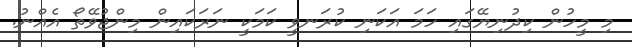
މި މީހުން ކިދުނިޔޭގައި ހަމަ އަކަނި ކުރަނވީ ކަމަކީ ނަރަކައިން މިންޖުވޭތޯ އެއްނު.